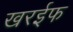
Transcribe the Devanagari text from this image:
खरईफ